Medical and sanitary report of the native army of Bengal for the year
Year: 1877
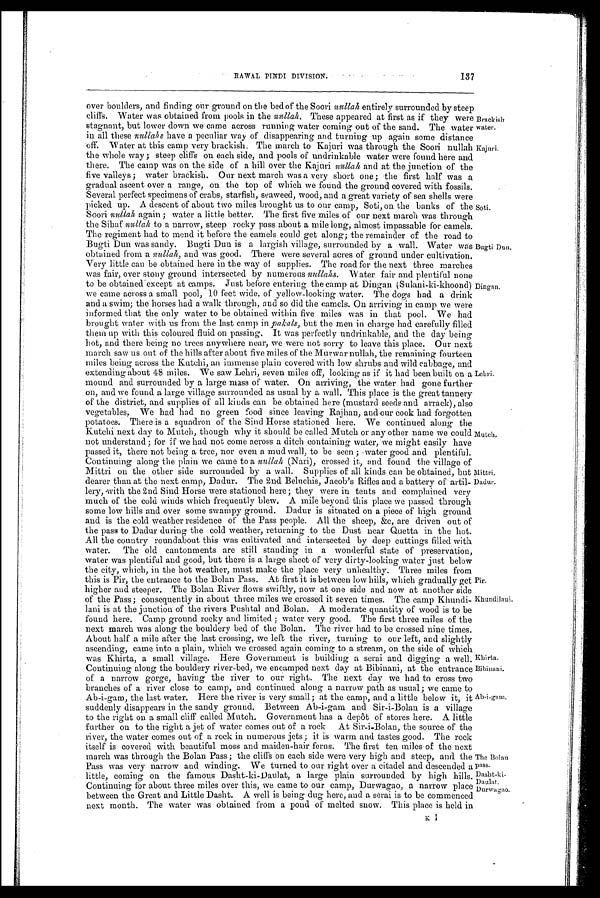
Brackish
water.
Kajuri.
Pir.
Khundilani.
Khirta.
The Bolan pass.
Dasht-ki
-Daulat.
RAWAL PINDI DIVISION.
137
over boulders, and finding our ground on the bed of the Soon nullah entirely surrounded by steep
cliffs. water was obtained from pools in the n u l l a h .T
h e s e a p p e a r e d a t f i r s t a s i t t h e y w e r e
stagnant, but lower down we came across running water coming out of the sand. The water
in all these nullahs have a peculiar way of disappearing and turning up again some distance
off. Water at tins camp very brackish, The march to Kajuri was through the Soori nullah
the whole way ; steep cliffs on each side, and pools of undrinkable water were found here and
there. The camp was on the side of a hill over the Kajuri nullah and at the junction of the
five valleys ; water brackish. Our next march was a very short one; the first half was a
gradual ascent over a range, on the top of which we found the ground covered with fossils.
Several perfect specimens of crabs, starfish, seaweed, wood, and a great variety of sea shells were
picked up. A descent of about two miles brought us to our camp, Soti, on the banks of the
Soori nullah again ; water a little better. The first five miles of our next march was through
the Sihaf nullah to a narrow, steep rocky pass about a mile long, almost impassable for camels.
The regiment had to mend it before the camels could get along; the remainder of the road to
Bugti Dun was sandy. Bugti Dun is a largish village, surrounded by a wall. Water was
obtained from a nullah , and was good. There were several acres of ground under cultivation.
Very little can be obtained here in the way of supplies. The road for the next three marches
was fair, over stony ground intersected by numerous nullahs. Water fair and plentiful none
to be obtained except at camps. Just before entering the camp at Dingan (Sulani-ki-khoond)
we came across a small pool, 10 feet wide of yellow-looking water. The dogs had a drink
and a swim; the horses had a walk through, and so did the camels. On arriving in camp we were
informed that the only water to be obtained within five miles was in that pool. We had
brought water with us from the last camp in pakals, but the men in charge had carefully filled
them up with this coloured fluid on passing. It was perfectly undrinkable, and the day being
hot, and there being no trees anywhere near, we were not sorry to leave this place. Our next
march saw us out of the hills after about five miles of the Murwar nullah, the remaining fourteen
m i l e s b e i n g a c r o s s t h e K u t c h i , a n i m m e n s e p l a i n c o v e r e d w i t h l o w s h r u b s a n d w i l d c a b b a g e , a n d
extending about 48 miles. We saw Lehri, seven miles off, looking as if it had been built on a
mound and surrounded by a large mass of water. On arriving, the water had gone further
on, and we found a large village surrounded as usual by a wall. This place is the great tannery
of the district, and supplies of all kinds can be obtained here (mustard seeds and arrack), also
vegetables, We had had no green food since leaving Rajhan, and our cook had forgotten
potatoes. There is a squadron of the Sind Horse stationed here. We continued along the
Kutchi next day to Mutch, though why it should be called Mutch or any other name we could
not understand; for if we had not come across a ditch containing water, we might easily have
passed it, there not being a tree, nor even a mud wall, to be seen ; water good and plentiful.
C o n t i n u i n g a l o n g t h e p l a i n w e c a m e t o an
u l l a h(
N a r i ) , c r o s s e d i t , a n d f o u n d t h e v i l l a g e o f
Mittri on the other side surrounded by a wall. Supplies of all kinds can be obtained, but
dearer than at the next camp, Dadur. The 2nd Beluchis, Jacob's Rifles and a battery of artil
-
lery, with the 2nd Sind Horse were stationed here; they were in tents and complained very
much of the cold winds which frequently blew. A mile beyond this place we passed through
some low hills and over some swampy ground. Dadur is situated on a piece of high ground
and is the cold weather residence of the Pass people. All the sheep, &c, are driven out of
the pass to Dadur during the cold weather, returning to the Dust near Quetta in the hot.
All the country roundabout this was cultivated and intersected by deep cuttings filled with
water. The old cantonments are still standing in a wonderful state of preservation,
water was plentiful and good, but there is a large sheet of very dirty-looking water just below
the city, which, in the hot weather, must make the place very unhealthy. Three miles from
this is Pir, the entrance to the Bolan Pass. At first it is between low hills, which gradually get
higher and steeper. The Bolan River flows swiftly, now at one side and now at another side
of the Pass ; consequently in about three miles we crossed it seven times. The camp Khunch
-
lani is at the junction of the rivers Pushtal and Bolan. A moderate quantity of wood is to be
found here. Camp ground rocky and limited ; water very good. The first three miles of the
next march was along the bouldery bed of the Bolan. The river had to be crossed nine times.
About half a mile after the last crossing, we left the river, turning to our left, and slightly
ascending, came into a plain, which we crossed again corning to a stream, on the side of which
was Khirta, a small village. Here Government is building a serai and digging a wel
l.
Continuing along the pouldery river-bed, we encamped next day at the entrance
of a narrow gorge, having the river to our right. The next day we bad to cross two
branches of a river close to camp, and continued along a narrow path as usual; we came to
Ab-i-gam, the last water. Here the river is very small; at the camp, and a little below it,
it suddenly disappears in the sandy ground. Between Ab-i-gam and Sir-i-Bolan is a village
to the right on a small cliff called Mutch. Government has a depôt of stores here. A little
further on to the right a jet of water comes out of a rock At Sir-i-Bolan, the source of the
river, the water comes out of a rock in numerous jets; it is warm and tastes good. The rock
itself is covered with beautiful moss and maiden-hair ferns. The first ten miles of the next
march was through the Bolan Pass ; the clans on each side were very nign and steep, and the
Pass was very narrow and winding. We turned to our right over a citadel and descended a
little, coming on the famous Dasht-ki-Daulat, a large plain surrounded by high hills.
Soti.
Bugti Dun.
Dingan.
Mutch.
Mittri.
Dadur.
Continuing for about three miles over this, we came to our camp, Durwagao, a narrow place
between the Great and Little Dasht. A well is being dug here, and a semi is to be commenced
next month. The water was obtained from a pond of melted snow. This place is held in
Durwagao.
K 1